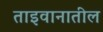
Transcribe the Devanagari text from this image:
ताइवानातील